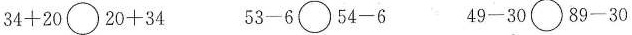
$$34+20\bigcirc20+34 $$ $$53-6\bigcirc 54-6 $$ $$49-30\bigcirc89-30$$